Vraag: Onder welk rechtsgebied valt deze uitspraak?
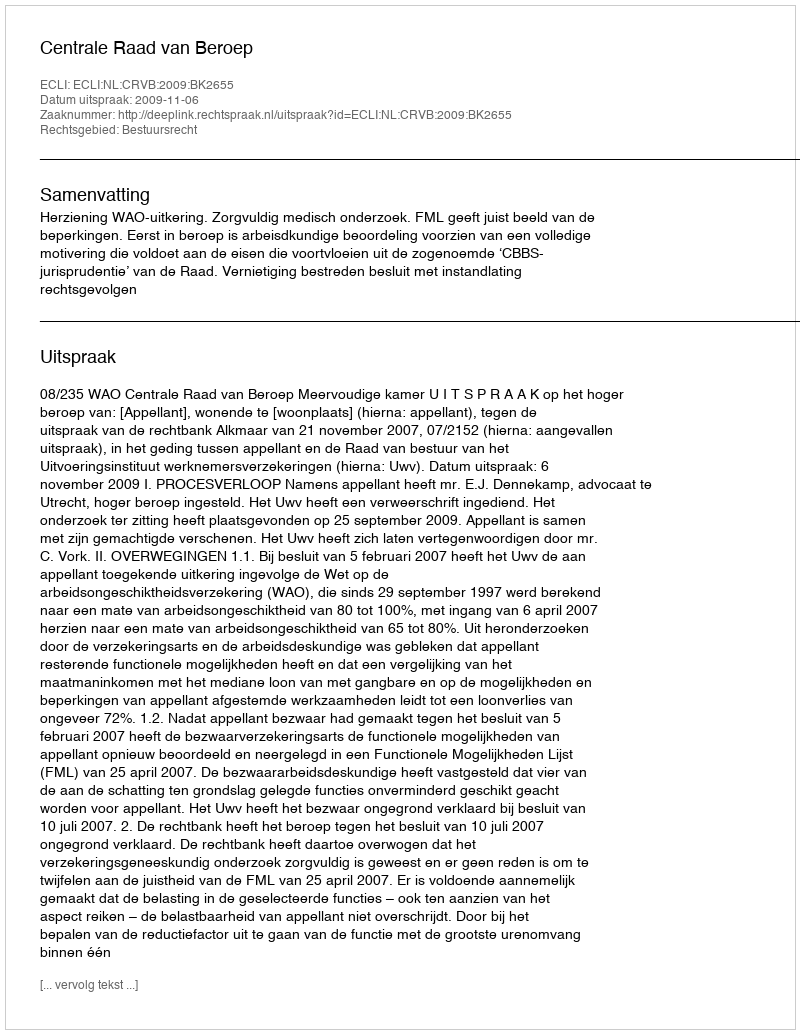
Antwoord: Bestuursrecht